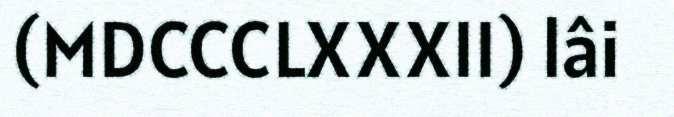
(MDCCCLXXXII) lâi